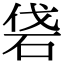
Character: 𥑼